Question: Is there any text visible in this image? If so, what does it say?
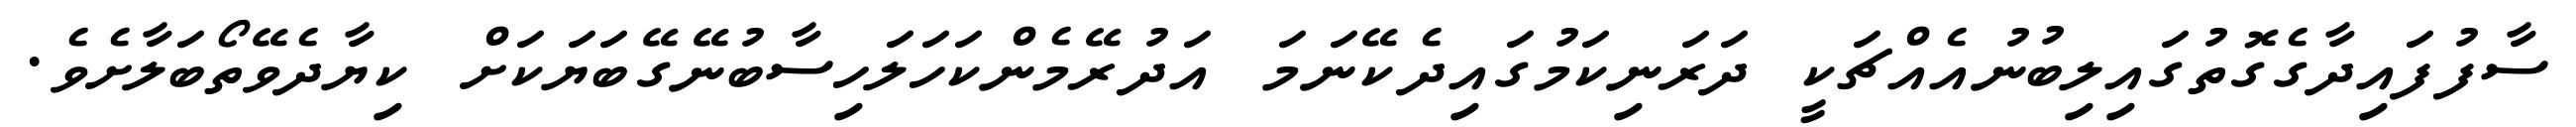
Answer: ސާފުފައިދާގެގޮތުގައިލިބުނުއެއްޗަކީ ދަރަނިކަމުގައިދެކޭނަމަ އަދުރޭމެންކަހަލަހިސާބުނޭގޭބަޔަކަށް ކިޔާދެވޭތޯބަލާށެވެ.